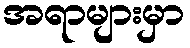
အရာများမှာ